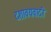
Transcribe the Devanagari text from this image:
दशावयवादी